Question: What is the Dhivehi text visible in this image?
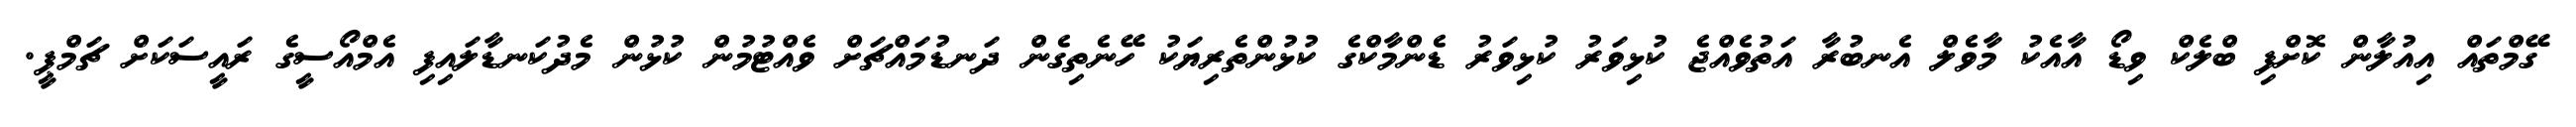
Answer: ގޭމްތައް އިއުލާން ކޮށްފި ބްލެކް ވިޑޯ އާއެކު މާވެލް އެނބުރާ އަތުވެއްޖެ ކުޅިވަރު ކުޅިވަރު ޑެންމާކްގެ ކުޅުންތެރިޔަކު ހޭނެތިގެން ދަނޑުމައްޗަށް ވެއްޓުމުން ކުޅުން މެދުކަނޑާލައިފި އެމްއޯސީގެ ރައީސަކަށް ޗަމްޕީ.